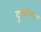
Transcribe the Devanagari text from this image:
दुष्चरित्रता